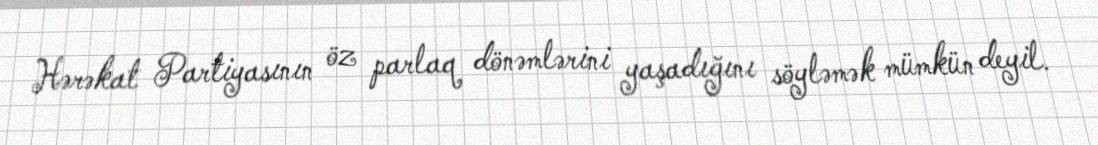
Hərəkat Partiyasının öz parlaq dönəmlərini yaşadığını söyləmək mümkün deyil.